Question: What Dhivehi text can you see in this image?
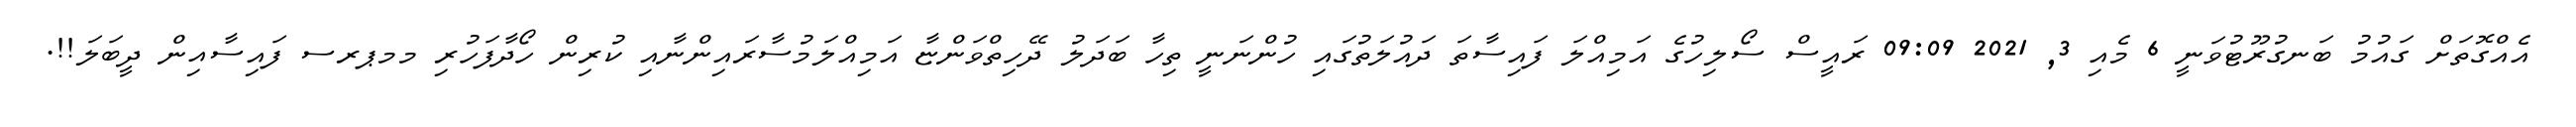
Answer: އެއްގޮތަށް ގައުމު ބަނގުރޫޓުވަނީ 6 މެއި 3, 2021 09:09 ރައީސް ސޯލިހުގެ އަމިއްލަ ފައިސާތަ ދައުލަތުގައި ހުންނަނީ ތިހާ ބަދަލު ދޭހިތްވަންޏާ އަމިއްލަމުސާރައިންނާއި ކުރިން ހޯދާފަހުރި މމޕރސ ފައިސާއިން ދީބަލަ!!.